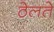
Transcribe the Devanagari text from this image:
ठेलते